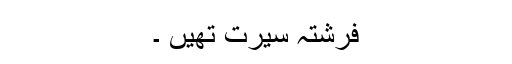
فرشتہ سیرت تھیں ۔